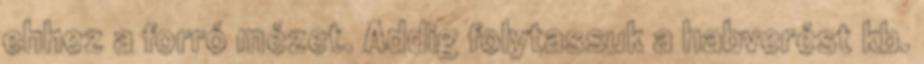
ehhez a forró mézet. Addig folytassuk a habverést kb.